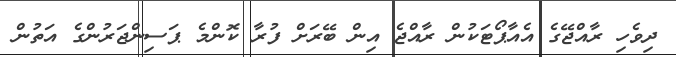
ދިވެހި ރާއްޖޭގެ އެއާޕޯޓަކުން ރާއްޖެ އިން ބޭރަށް ފުރާ ކޮންމެ ޕަސިންޖަރުންގެ އަތުން